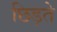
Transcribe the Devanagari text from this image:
छिड़ते